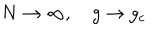
N \to \infty , \quad g \to g _ { c }